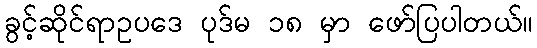
ခွင့်ဆိုင်ရာဥပဒေ ပုဒ်မ ၁၈ မှာ ဖော်ပြပါတယ်။